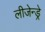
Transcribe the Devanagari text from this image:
लीजेन्ड्रे